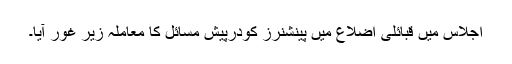
اجلاس میں قبائلی اضلاع میں پینشنرز کودرپیش مسائل کا معاملہ زیر غور آیا۔